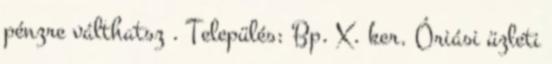
pénzre válthatsz . Település: Bp. X. ker. Óriási üzleti